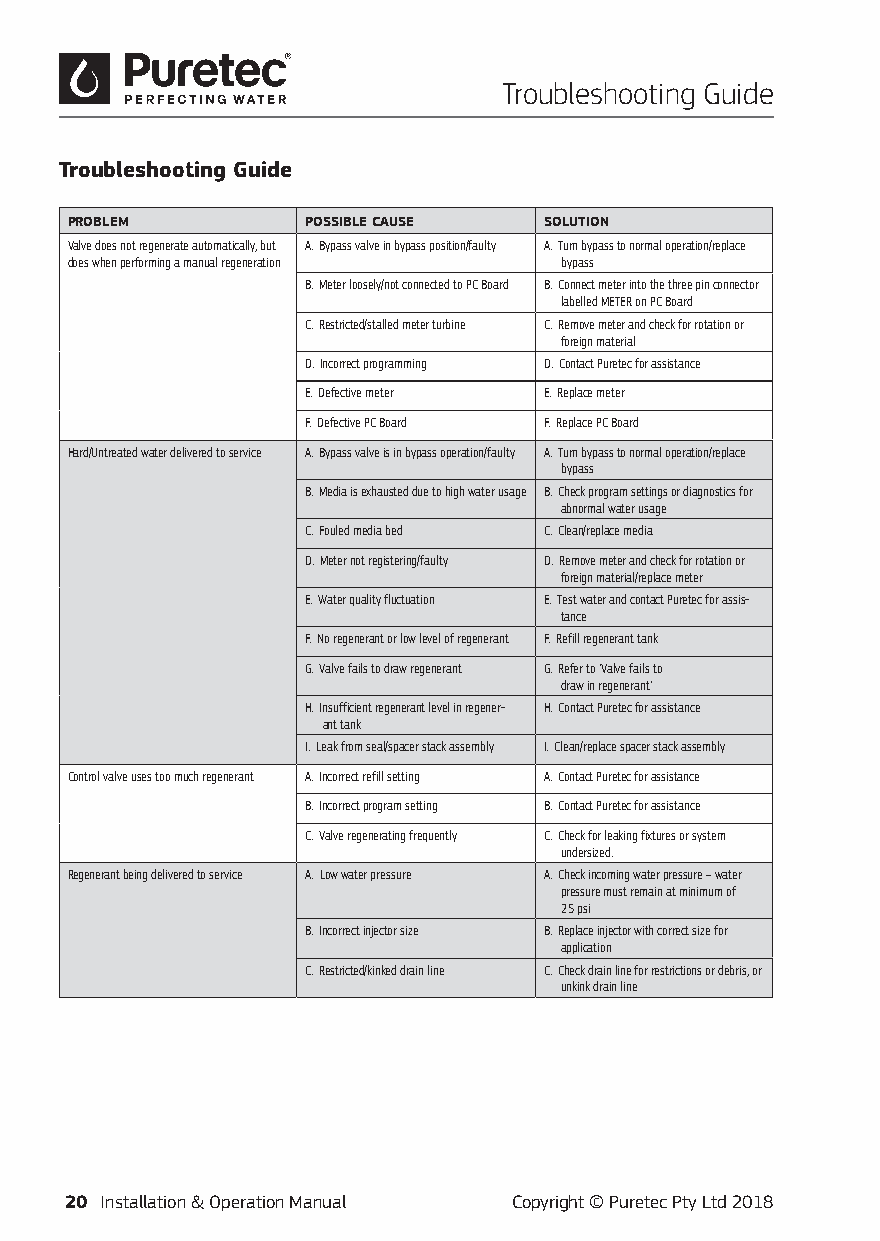
Troubleshooting Guide
 Troubleshooting Guide
 PROBLEM         POSSIBLE CAUSE  SOLUTION
 Valve does not regenerate automatically, but A. Bypass valve in bypass position/faulty A. Turn bypass to normal operation/replace
 does when performing a manual regeneration bypass
 B. Meter loosely/not connected to PC Board B. Connect meter into the three pin connector
 labelled METER on PC Board
 C. Restricted/stalled meter turbine C. Remove meter and check for rotation or
 foreign material
 D. Incorrect programming D. Contact Puretec for assistance
 E. Defective meter E. Replace meter
 F. Defective PC Board F. Replace PC Board
 Hard/Untreated water delivered to service A. Bypass valve is in bypass operation/faulty A. Turn bypass to normal operation/replace
 bypass
 B. Media is exhausted due to high water usage B. Check program settings or diagnostics for
 abnormal water usage
 C. Fouled media bed C. Clean/replace media
 D. Meter not registering/faulty D. Remove meter and check for rotation or
 foreign material/replace meter
 E. Water quality fluctuation E. Test water and contact Puretec for assis-
 tance
 F. No regenerant or low level of regenerant F. Refill regenerant tank
 G. Valve fails to draw regenerant G. Refer to 'Valve fails to
 draw in regenerant'
 H. Insufficient regenerant level in regener- H. Contact Puretec for assistance
 ant tank
 I. Leak from seal/spacer stack assembly I. Clean/replace spacer stack assembly
 Control valve uses too much regenerant A. Incorrect refill setting A. Contact Puretec for assistance
 B. Incorrect program setting B. Contact Puretec for assistance
 C. Valve regenerating frequently C. Check for leaking fixtures or system
 undersized.
 Regenerant being delivered to service A. Low water pressure A. Check incoming water pressure – water
 pressure must remain at minimum of
 25 psi
 B. Incorrect injector size B. Replace injector with correct size for
 application
 C. Restricted/kinked drain line C. Check drain line for restrictions or debris, or
 unkink drain line
 20 Installation & Operation Manual Copyright © Puretec Pty Ltd 2018